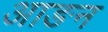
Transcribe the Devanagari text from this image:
आङन